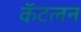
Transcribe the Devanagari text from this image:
कॅटलन